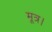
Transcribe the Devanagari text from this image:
मूत्र।